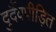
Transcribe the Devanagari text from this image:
दुर्दैवपीड़ित